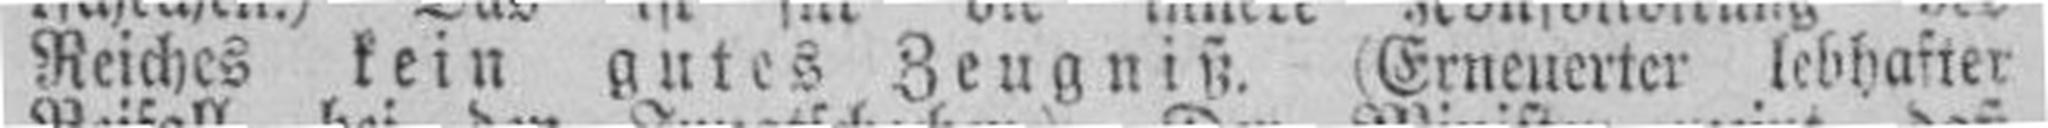
Reiches kein gutes Zeugniß. (Erneuerter lebhafter